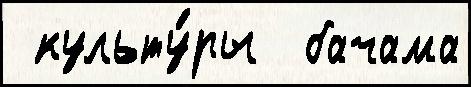
 культу́ры  бачама